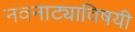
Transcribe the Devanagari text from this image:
नवनाट्याविषयी